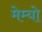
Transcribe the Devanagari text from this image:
मेम्यो